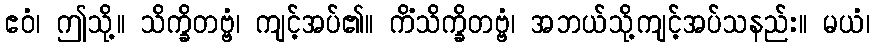
ဧဝံ၊ ဤသို့။ သိက္ခိတဗ္ဗံ၊ ကျင့်အပ်၏။ ကိံသိက္ခိတဗ္ဗံ၊ အဘယ်သို့ကျင့်အပ်သနည်း။ မယံ၊